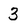
Character: 3